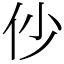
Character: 仯